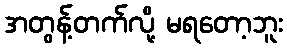
အတွန့်တက်လို့ မရတော့ဘူး